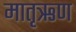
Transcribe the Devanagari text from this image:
मातृऋण